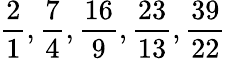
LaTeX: {\frac{2}{1}},{\frac{7}{4}},{\frac{16}{9}},{\frac{23}{13}},{\frac{39}{22}}